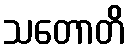
သတောတိ